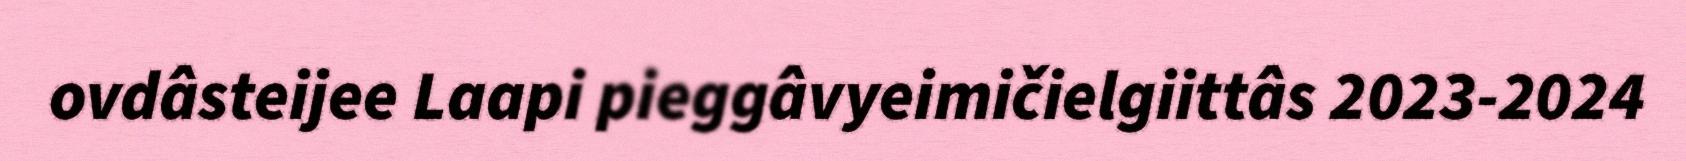
ovdâsteijee Laapi pieggâvyeimičielgiittâs 2023-2024